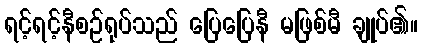
ရင့်ရင့်နီစဉ်ရုပ်သည် ပြေပြေနီ မဖြစ်မီ ချုပ်၏။